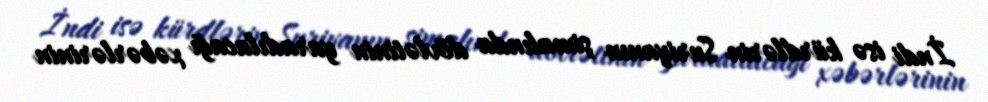
İndi isə kürdlərin Suriyanın şimalında dövlətinin yaradılacağı xəbərlərinin